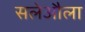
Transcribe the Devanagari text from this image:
सलेऔला